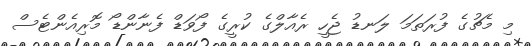
މި މެޗުގެ ފުރަތަމަ ލަނޑު ޖެހީ ރެއާލްގެ ކުރީގެ ފޯވަޑް ފެނާންޑޯ މޮރިއެންޓެސް